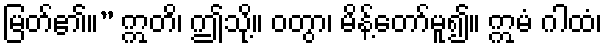
မြတ်၏။” ဣတိ၊ ဤသို့။ ဝတွာ၊ မိန့်တော်မူ၍။ ဣမံ ဂါထံ၊